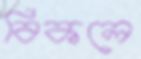
বিকলে